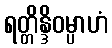
ရတ္တိန္ဒိဝမ္ပာဟံ